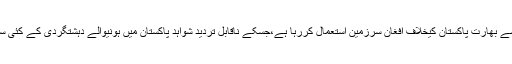
امریکی تائید و حمایت سے بھارت پاکستان کیخلاف افغان سرزمین استعمال کررہا ہے،جسکے ناقابل تردید شواہد پاکستان میں ہونیوالے دہشتگردی کے کئی سانحات میں سامنے آئے۔